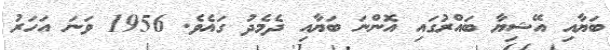
ބަޔާއި އޭޝިޔާ ބައްރުގައި އޮންނަ ބަޔާއި ދެމެދު ގައެވެ. 1956 ވަނަ އަހަރު